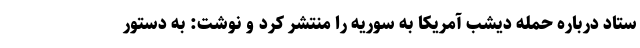
ستاد درباره حمله دیشب آمریکا به سوریه را منتشر کرد و نوشت: به دستور